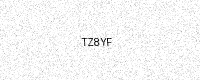
Text: TZ8YF